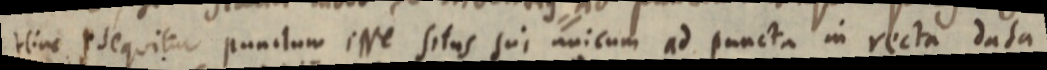
Hinc sequitur punctum esse situs sui unicum ad puncta in recta data